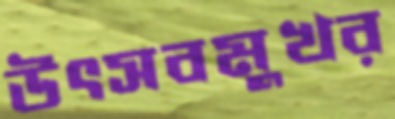
উৎসবমুখর